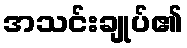
အသင်းချုပ်၏